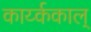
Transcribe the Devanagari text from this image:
कार्य्ककाल्